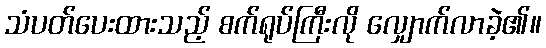
သံပတ်ပေးထားသည့် စက်ရုပ်ကြီးလို လျှောက်လာခဲ့၏။